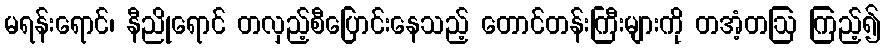
မရန်းရောင်၊ နီညိုရောင် တလှည့်စီပြောင်းနေသည့် တောင်တန်းကြီးများကို တအံ့တဩ ကြည့်၍